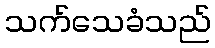
သက်သေခံသည်